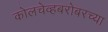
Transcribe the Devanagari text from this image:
कोलचेव्हबरोबरच्या